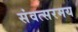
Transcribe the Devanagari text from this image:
संवत्सरमय